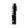
Digit: 1